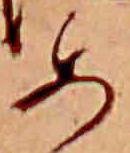
あ